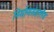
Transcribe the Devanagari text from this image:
निर्माणसंडरलैंड